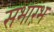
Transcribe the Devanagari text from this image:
सभारंभ